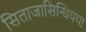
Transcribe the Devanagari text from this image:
सिताजासिन्धियया